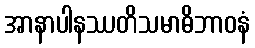
အာနာပါနဿတိသမာဓိဘာဝနံ